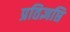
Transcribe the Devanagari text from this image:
प्रतिज्ञप्ति